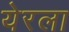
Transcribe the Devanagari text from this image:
येरला